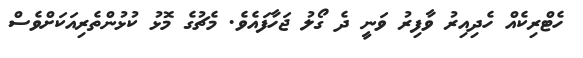
ހެޓްރިކެއް ހެދިއިރު ވާފިރު ވަނީ ދެ ގޯލު ޖަހާފައެވެ. މެޗުގެ މޮޅު ކުޅުންތެރިއަކަށްވެސް